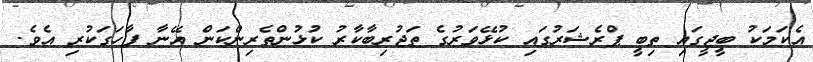
އެކަމަކު ބީޖީގައި ތިބީ ޕްރެޝަރުގައި ކުޅޭވަރުގެ ތަޖުރިބާކާރު ކުޅުންތެރިންކަން އޭނާ ފާހަގަކުރި އެވެ.